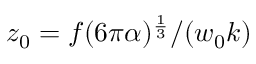
z _ { 0 } = f ( 6 \pi \alpha ) ^ { \frac { 1 } { 3 } } / ( w _ { 0 } k )